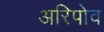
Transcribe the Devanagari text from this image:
अरिपोव